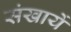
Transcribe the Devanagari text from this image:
संखायें